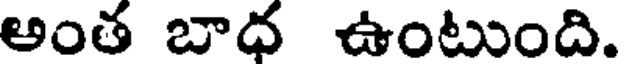
అంత బాధ ఉంటుంది.